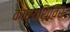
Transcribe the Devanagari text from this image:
कार्यशिविर